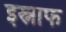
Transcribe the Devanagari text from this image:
इस्नाफ